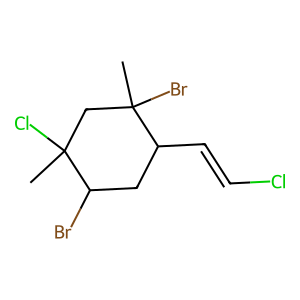
SMILES: CC1(Cl)CC(C)(Br)C(C=CCl)CC1Br
Inhibits HIV replication: No